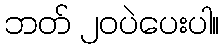
ဘတ် ၂၀ပဲပေးပါ။